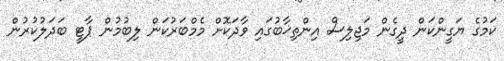
ކަމުގެ ޔަގީންކަން ދީގެން މަޖިލިސް އިންތިޚާބުގައި ވާދަކޮށް މެމްބަރުކަން ލިބުމުން ޕާޓީ ބަދަލުކުރުން